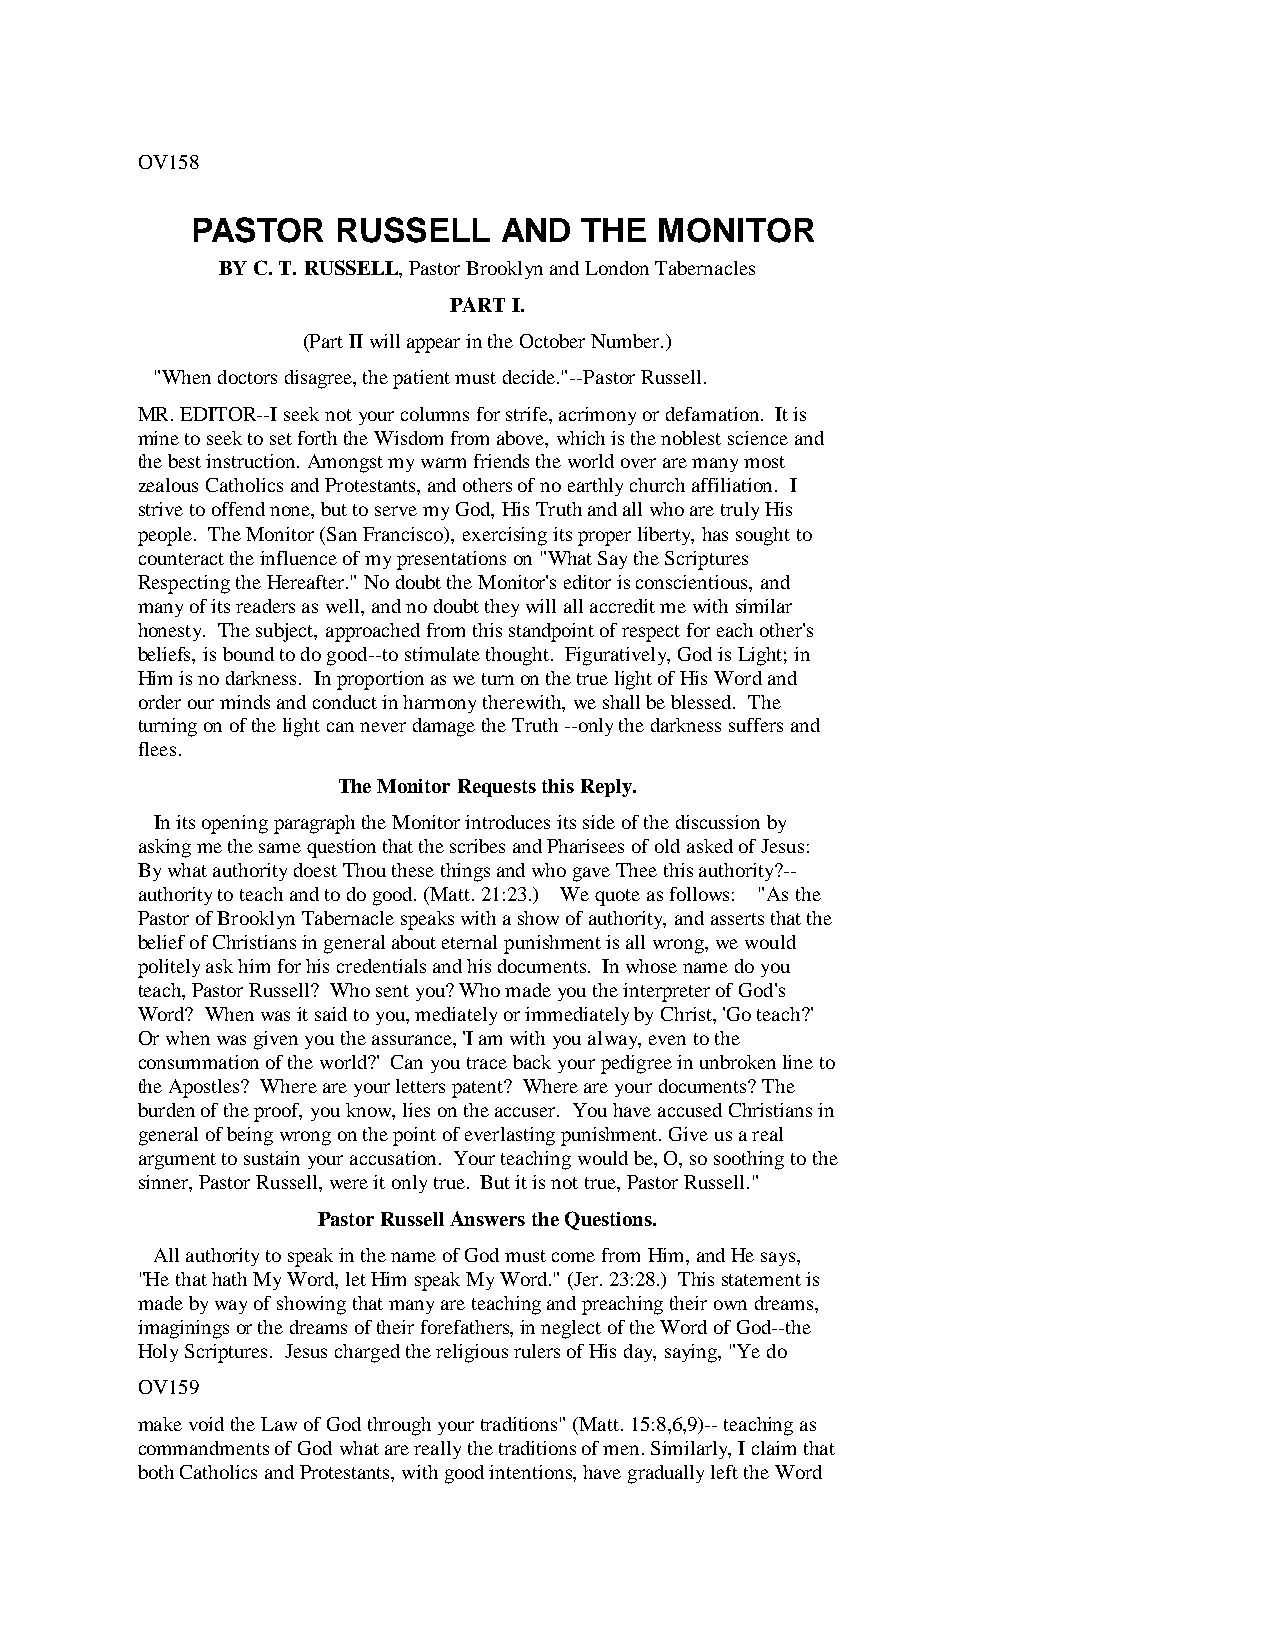
OV158
 PASTOR   RUSSELL    AND   THE  MONITOR
 BY C. T. RUSSELL, Pastor Brooklyn and London Tabernacles
 PART I.
 (Part II will appear in the October Number.)
 "When doctors disagree, the patient must decide."--Pastor Russell.
 MR. EDITOR--I seek not your columns for strife, acrimony or defamation. It is
 mine to seek to set forth the Wisdom from above, which is the noblest science and
 the best instruction. Amongst my warm friends the world over are many most
 zealous Catholics and Protestants, and others of no earthly church affiliation. I
 strive to offend none, but to serve my God, His Truth and all who are truly His
 people. The Monitor (San Francisco), exercising its proper liberty, has sought to
 counteract the influence of my presentations on "What Say the Scriptures
 Respecting the Hereafter." No doubt the Monitor's editor is conscientious, and
 many of its readers as well, and no doubt they will all accredit me with similar
 honesty. The subject, approached from this standpoint of respect for each other's
 beliefs, is bound to do good--to stimulate thought. Figuratively, God is Light; in
 Him is no darkness. In proportion as we turn on the true light of His Word and
 order our minds and conduct in harmony therewith, we shall be blessed. The
 turning on of the light can never damage the Truth --only the darkness suffers and
 flees.
 The Monitor Requests this Reply.
 In its opening paragraph the Monitor introduces its side of the discussion by
 asking me the same question that the scribes and Pharisees of old asked of Jesus:
 By what authority doest Thou these things and who gave Thee this authority?--
 authority to teach and to do good. (Matt. 21:23.) We quote as follows: "As the
 Pastor of Brooklyn Tabernacle speaks with a show of authority, and asserts that the
 belief of Christians in general about eternal punishment is all wrong, we would
 politely ask him for his credentials and his documents. In whose name do you
 teach, Pastor Russell? Who sent you? Who made you the interpreter of God's
 Word? When was it said to you, mediately or immediately by Christ, 'Go teach?'
 Or when was given you the assurance, 'I am with you alway, even to the
 consummation of the world?' Can you trace back your pedigree in unbroken line to
 the Apostles? Where are your letters patent? Where are your documents? The
 burden of the proof, you know, lies on the accuser. You have accused Christians in
 general of being wrong on the point of everlasting punishment. Give us a real
 argument to sustain your accusation. Your teaching would be, O, so soothing to the
 sinner, Pastor Russell, were it only true. But it is not true, Pastor Russell."
 Pastor Russell Answers the Questions.
 All authority to speak in the name of God must come from Him, and He says,
 "He that hath My Word, let Him speak My Word." (Jer. 23:28.) This statement is
 made by way of showing that many are teaching and preaching their own dreams,
 imaginings or the dreams of their forefathers, in neglect of the Word of God--the
 Holy Scriptures. Jesus charged the religious rulers of His day, saying, "Ye do
 OV159
 make void the Law of God through your traditions" (Matt. 15:8,6,9)-- teaching as
 commandments of God what are really the traditions of men. Similarly, I claim that
 both Catholics and Protestants, with good intentions, have gradually left the Word